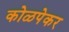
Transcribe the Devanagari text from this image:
कोळपेकर